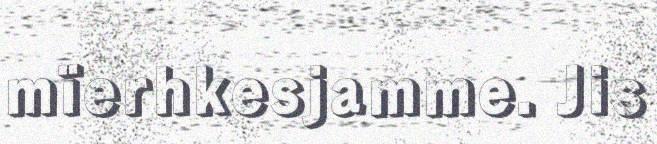
mïerhkesjamme. Jis